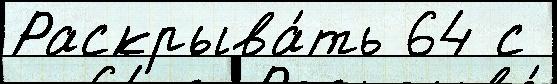
Раскрыва́ть 64 с